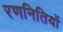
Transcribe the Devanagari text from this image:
रणनितियों